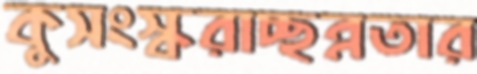
কুসংস্করাচ্ছন্নতার